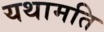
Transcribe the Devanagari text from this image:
यथामति